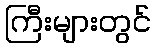
ကြီးများတွင်